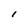
Character: I